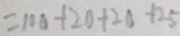
= 1 0 0 + 2 0 + 2 0 + 2 5